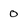
Character: 0